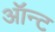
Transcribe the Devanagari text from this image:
ऑन्ट